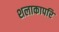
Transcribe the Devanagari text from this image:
शलाकापरि